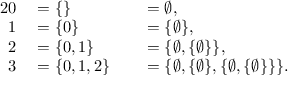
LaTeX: \begin{array} { r l r l } { { 2 } 0 } & { { } { } = \{ \} } & { } & { { } { } = \emptyset , } \\ { 1 } & { { } { } = \{ 0 \} } & { } & { { } { } = \{ \emptyset \} , } \\ { 2 } & { { } { } = \{ 0 , 1 \} } & { } & { { } { } = \{ \emptyset , \{ \emptyset \} \} , } \\ { 3 } & { { } { } = \{ 0 , 1 , 2 \} } & { } & { { } { } = \{ \emptyset , \{ \emptyset \} , \{ \emptyset , \{ \emptyset \} \} \} . } \end{array}